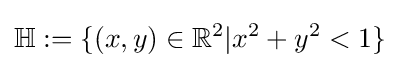
\mathbb {H} :=\{(x,y)\in \mathbb {R} ^{2}|x^{2}+y^{2}<1\}